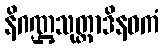
နိဂဏ္ဌသုတ္တာဒိနဝကံ